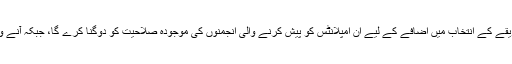
یہ کام ممکنہ طور پر 2013ء میں طریقے کے انتخاب میں اضافے کے لیے ان امپلانٹس کو پیش کرنے والی انجمنوں کی موجودہ صلاحیت کو دوگنا کرے گا، جبکہ آنے والے سالوں میں مستقل وسعت رہے گی۔